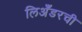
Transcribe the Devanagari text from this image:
लिअँडरची